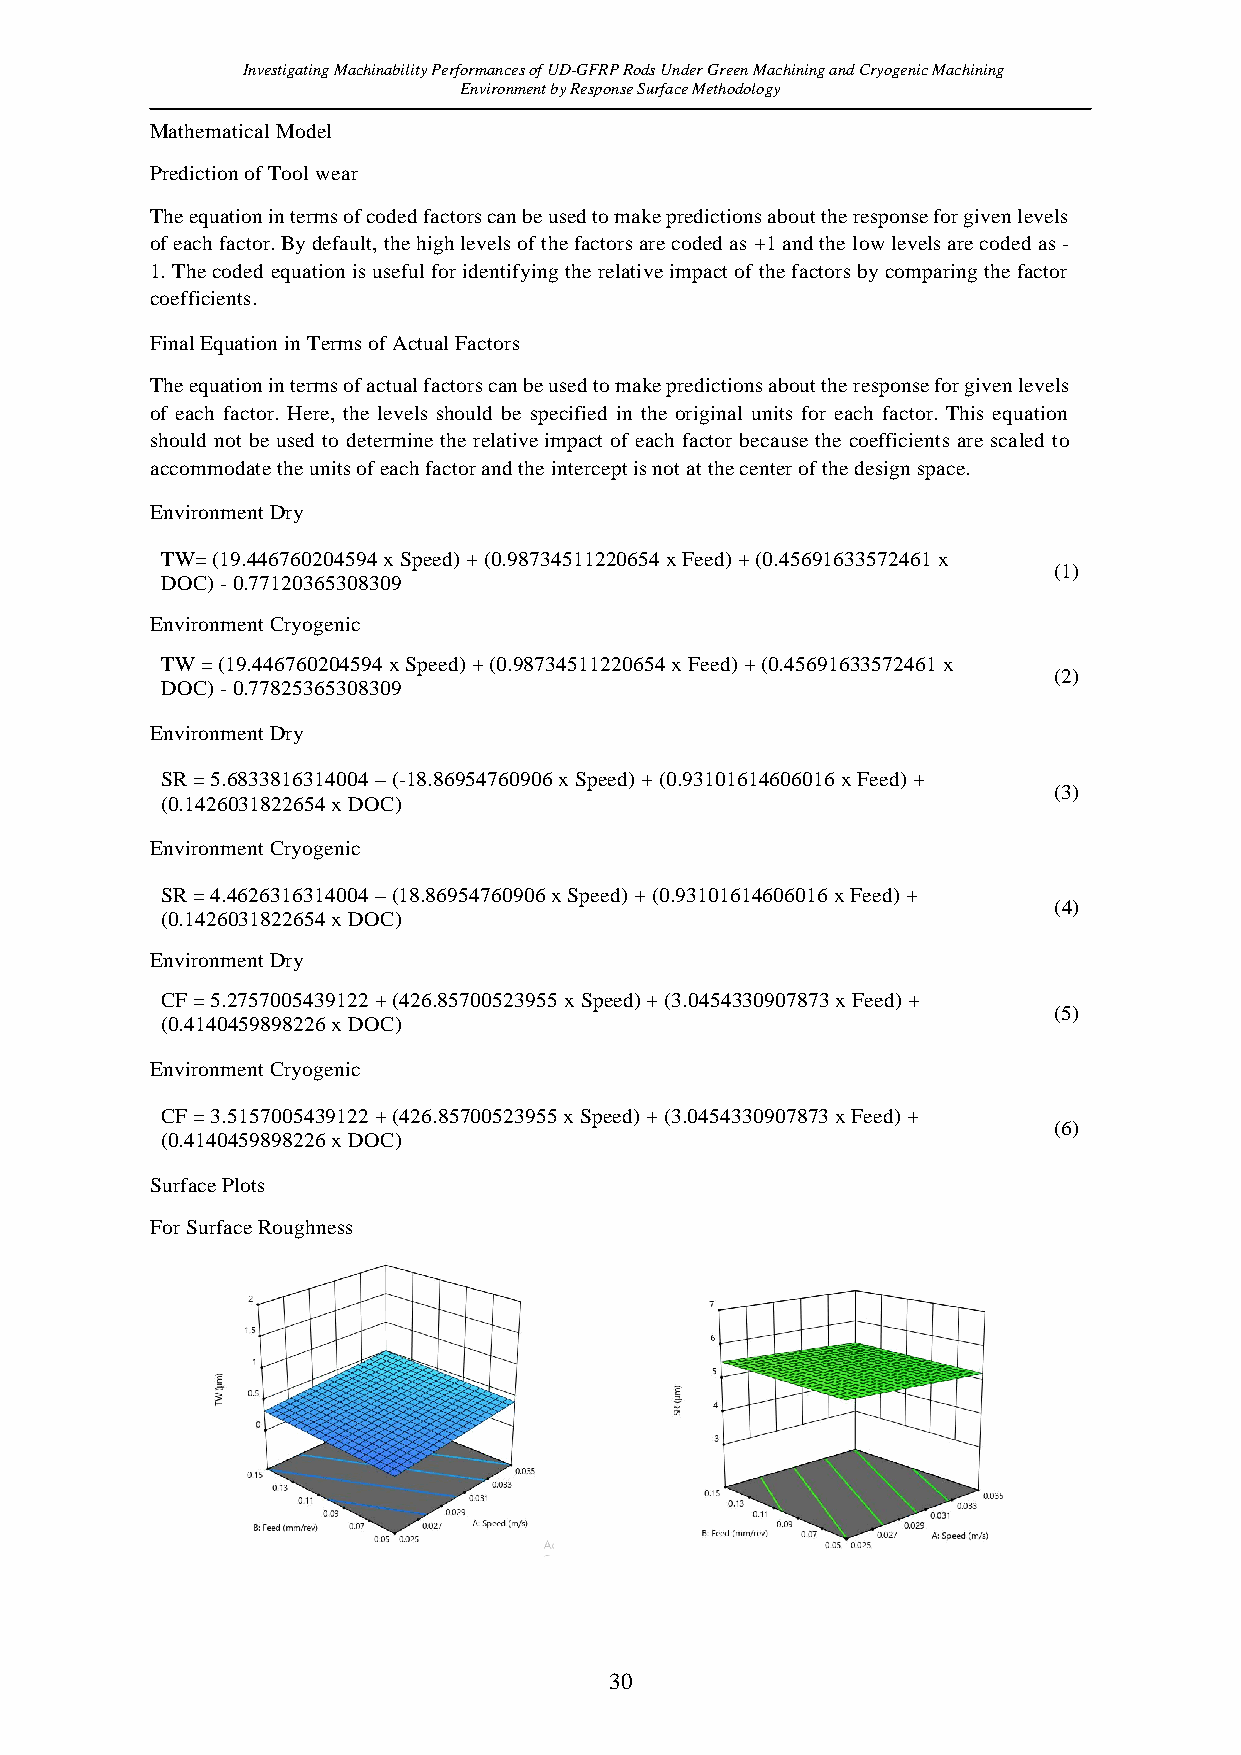
Investigating Machinability Performances of UD-GFRP Rods Under Green Machining and Cryogenic Machining
 Environment by Response Surface Methodology
 Mathematical Model
 Prediction of Tool wear
 The equation in terms of coded factors can be used to make predictions about the response for given levels
 of each factor. By default, the high levels of the factors are coded as +1 and the low levels are coded as -
 1. The coded equation is useful for identifying the relative impact of the factors by comparing the factor
 coefficients.
 Final Equation in Terms of Actual Factors
 The equation in terms of actual factors can be used to make predictions about the response for given levels
 of each factor. Here, the levels should be specified in the original units for each factor. This equation
 should not be used to determine the relative impact of each factor because the coefficients are scaled to
 accommodate the units of each factor and the intercept is not at the center of the design space.
 Environment Dry
 TW= (19.446760204594 x Speed) + (0.98734511220654 x Feed) + (0.45691633572461 x
 (1)
 DOC) - 0.77120365308309
 Environment Cryogenic
 TW = (19.446760204594 x Speed) + (0.98734511220654 x Feed) + (0.45691633572461 x
 (2)
 DOC) - 0.77825365308309
 Environment Dry
 SR = 5.6833816314004 – (-18.86954760906 x Speed) + (0.93101614606016 x Feed) +
 (3)
 (0.1426031822654 x DOC)
 Environment Cryogenic
 SR = 4.4626316314004 – (18.86954760906 x Speed) + (0.93101614606016 x Feed) +
 (4)
 (0.1426031822654 x DOC)
 Environment Dry
 CF = 5.2757005439122 + (426.85700523955 x Speed) + (3.0454330907873 x Feed) +
 (5)
 (0.4140459898226 x DOC)
 Environment Cryogenic
 CF = 3.5157005439122 + (426.85700523955 x Speed) + (3.0454330907873 x Feed) +
 (6)
 (0.4140459898226 x DOC)
 Surface Plots
 For Surface Roughness
 30